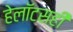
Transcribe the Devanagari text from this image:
हेलॉटसही